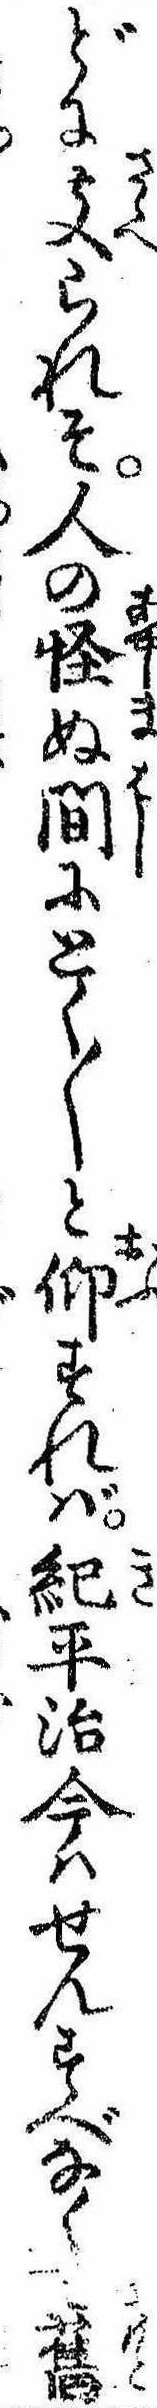
どに支られそ人の怪ぬ間にとく〱と仰すれば紀平治今はせんすべなくて旧